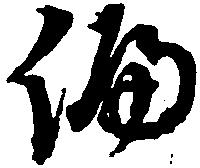
偏